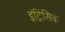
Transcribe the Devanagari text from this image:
इंट्रिंसिक